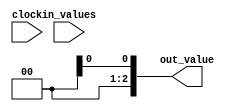
module integrate
  #( parameter integer IN_NUM    = -1,
     parameter integer BIT_WIDTH = -1 )
   ( clock, in_values, out_value );

   // local parameters --------------------------------------------------------
   localparam integer ADD_DEPTH  = log2(IN_NUM);
   
   // inputs / outputs --------------------------------------------------------
   input wire         	             clock;
   input wire [0:IN_NUM*BIT_WIDTH-1] in_values;
   output wire [BIT_WIDTH-1:0] 	     out_value;
   
   // -------------------------------------------------------------------------
   integer 			     i;
   genvar 			     p, d;
   generate

      // calculates the summation of input values
      for(d = 0; d < ADD_DEPTH; d = d + 1) begin : itg_add_d
 	 for(p = 0; p < IN_NUM; p = p + (1 << (d+1))) begin : add_p   

	    localparam integer STEP = 1 << d;
	    reg [BIT_WIDTH-1:0] sum;

	    if(p + STEP < IN_NUM) begin : with_add
	       wire [BIT_WIDTH-1:0] val_1, val_2;
	       if(d == 0) begin
		  assign val_1 = in_values[   p *BIT_WIDTH +: BIT_WIDTH];
		  assign val_2 = in_values[(p+1)*BIT_WIDTH +: BIT_WIDTH];
	       end
	       else begin
		  assign val_1 = itg_add_d[d-1].add_p[p].sum;
		  assign val_2 = itg_add_d[d-1].add_p[p + STEP].sum;
	       end
	       always @(posedge clock)
		 sum <= val_1 + val_2;
	    end
	    // 1 clock cycle delay
	    else begin : no_add
	       wire [BIT_WIDTH-1:0] val;
	       if( d == 0 )
		 assign val = in_values[p*BIT_WIDTH +: BIT_WIDTH];
	       else
		 assign val = itg_add_d[d-1].add_p[p].sum;
	       always @(posedge clock)
		 sum <= val;
	    end
	 end
      end

      // assigns result --------------------------------------------------
      wire [BIT_WIDTH-1:0] result;
      if(ADD_DEPTH == 0) // if IN_NUM == 1
	assign out_value = in_values;
      else
	assign out_value = itg_add_d[ADD_DEPTH-1].add_p[0].sum;
   endgenerate

   // common functions --------------------------------------------------------
   // calculates ceil(log2(value))
   function integer log2;
      input [63:0] value;
      begin
     	 value = value - 1;
	 for ( log2 = 0; value > 0; log2 = log2 + 1 )
	   value = value >> 1;
      end
   endfunction

endmodule